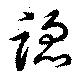
蹈